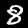
Digit: 8